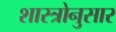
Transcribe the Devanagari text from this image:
शास्त्रोनुसार